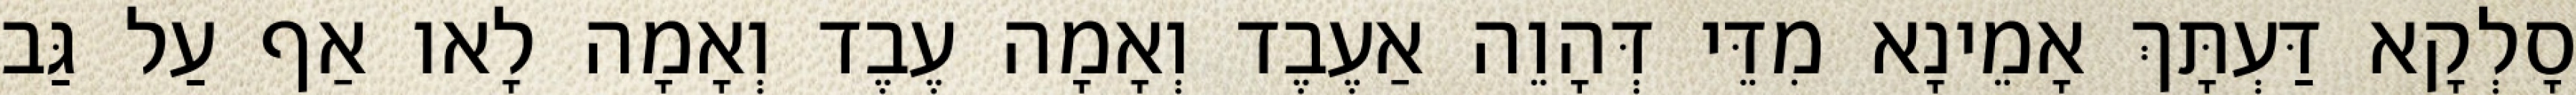
סָלְקָא דַּעְתָּךְ אָמֵינָא מִדֵּי דְּהָוֵה אַעֶבֶד וְאָמָה עֶבֶד וְאָמָה לָאו אַף עַל גַּב